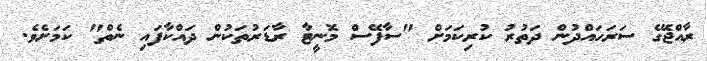
ރާއްޖޭގެ ސަރަހައްދުން ދަތުރު ކުރިކަމަށް "ސާފޭސް މޮނީޓާ ރާޑަރުތަކުން ދައްކާފައި ނެތް" ކަމަށެވެ.